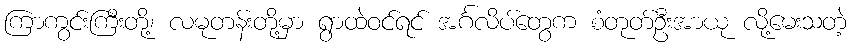
ကြာကွင်းကြီးတို့၊ လမုတန်းတို့မှာ ရွာထဲဝင်ရင် အင်္ဂလိပ်တွေက စံတုတ်ဦးအာယု လို့မေးသတဲ့